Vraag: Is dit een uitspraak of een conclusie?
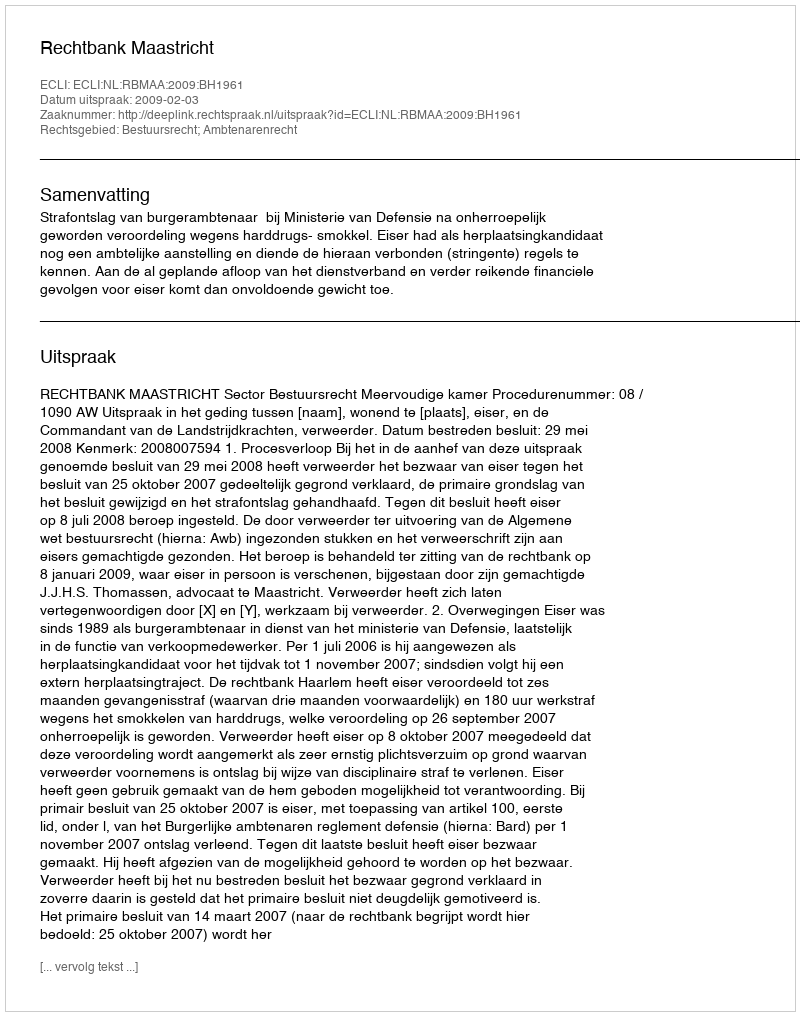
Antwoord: Uitspraak